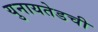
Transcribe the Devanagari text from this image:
युनायतेडची